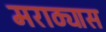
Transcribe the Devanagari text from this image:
मराठ्यास